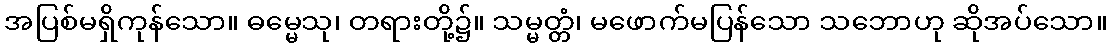
အပြစ်မရှိကုန်သော။ ဓမ္မေသု၊ တရားတို့၌။ သမ္မတ္တံ၊ မဖောက်မပြန်သော သဘောဟု ဆိုအပ်သော။